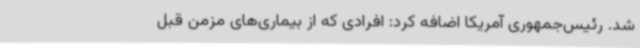
شد. رئیس‌جمهوری آمریکا اضافه کرد: افرادی که از بیماری‌های مزمن قبل